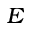
_ { E }